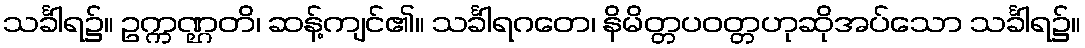
သင်္ခါရ၌။ ဥက္ကဏ္ဌတိ၊ ဆန့်ကျင်၏။ သင်္ခါရဂတေ၊ နိမိတ္တပဝတ္တဟုဆိုအပ်သော သင်္ခါရ၌။